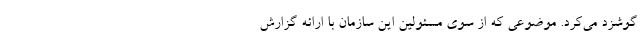
گوشزد می‌کرد. موضوعی که از سوی مسئولین این سازمان با ارائه گزارش